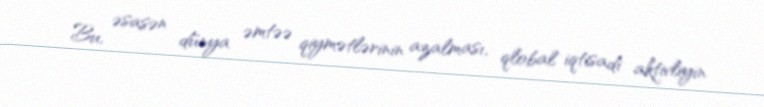
Bu, əsasən dünya əmtəə qiymətlərinin azalması, qlobal iqtisadi aktivliyin